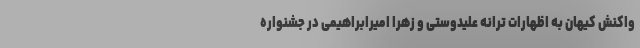
واکنش کیهان به اظهارات ترانه علیدوستی و زهرا امیرابراهیمی در جشنواره